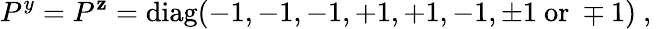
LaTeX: P^{y}=P^{\mathbf{z}}=\mathrm{{diag}}(-1,-1,-1,+1,+1,-1,\pm1~\mathrm{{or}}~\mp1)~,~\,